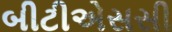
બીટીએસસી